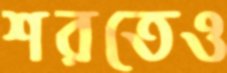
শরতেও